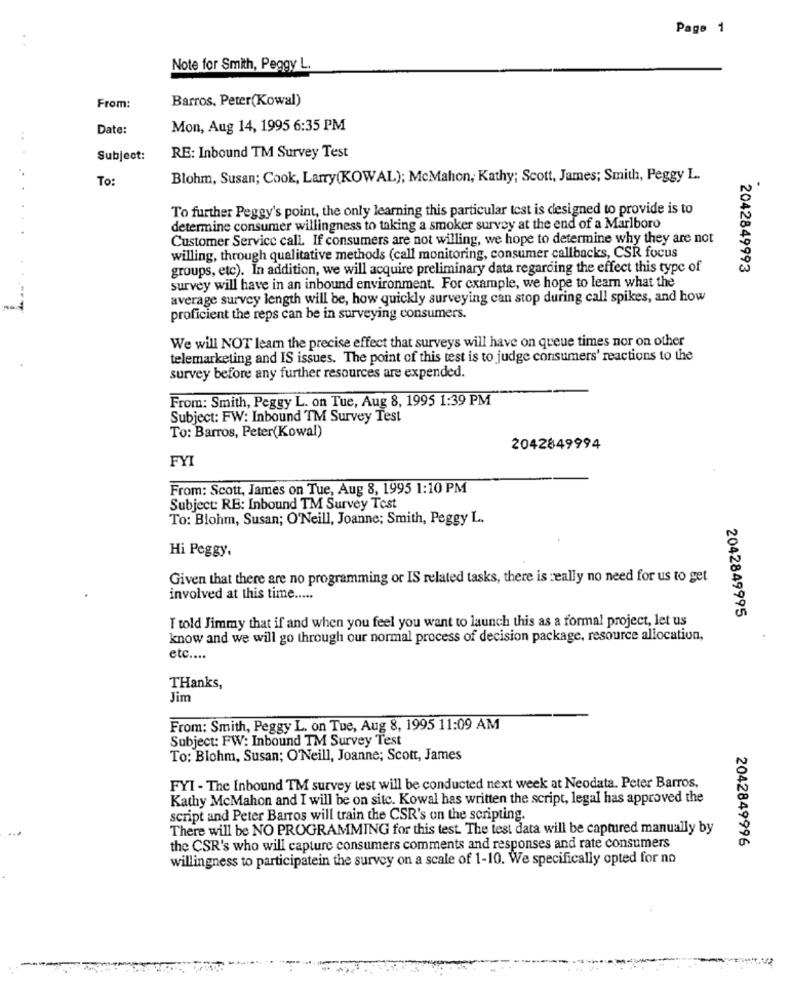
Page 1
Note for Smith, Peggy L.
Barros, Peter(Kowal)
From:
Date:
Mon, Aug 14, 1995 6:35 PM
Subject:
RE: Inbound TM Survey Test
To:
Blohm, Susan; Cook, Larry(KOWAL); McMahon, Kathy; Scott, James; Smith, Peggy L.
To further Peggy's point, the only learning this particular test is designed to provide is to
determine consumer willingness to taking a smoker survey at the end of a Marlboro
.
Customer Service call. If consumers are not willing, we hope to determine why they are not
willing, through qualitative methods (call monitoring, consumer callbacks, CSR focus
groups, etc). In addition, we will acquire preliminary data regarding the effect this type of
2042849993
survey will have in an inbound environment. For example, we hope to learn what the
average survey length will be, how quickly surveying can stop during call spikes, and how
proficient the reps can be in surveying consumers.
We will NOT learn the precise effect that surveys will have on queue times nor on other
telemarketing and IS issues. The point of this test is to judge consumers' reactions to the
survey before any further resources are expended.
From: Smith, Peggy L. on Tue, Aug 8, 1995 1:39 PM
Subject: FW: Inbound TM Survey Test
To: Barros, Peter(Kowal)
2042849994
FYI
From: Scott, James on Tue, Aug 8, 1995 1:10 PM
Subject: RE: Inbound TM Survey Test
To: Blohm, Susan; O'Neill, Joanne; Smith, Peggy L.
Hi Peggy.
Given that there are no programming or IS related tasks, there is really no need for us to get
involved at this time .....
T told Jimmy that if and when you feel you want to launch this as a formal project, let us
2042849995
know and we will go through our normal process of decision package, resource allocation,
etc ....
THanks,
Jim
From: Smith, Peggy L. on Tue, Aug 8, 1995 11:09 AM
Subject: FW: Inbound TM Survey Test
To: Blohm, Susan; O'Neill, Joanne; Scott, James
FYI - The Inbound TM survey test will be conducted next week at Neodata. Peter Barros,
Kathy McMahon and I will be on site. Kowal has written the script, legal has approved the
script and Peter Barros will train the CSR's on the scripting.
There will be NO PROGRAMMING for this test. The test data will be captured manually by
2042849996
the CSR's who will capture consumers comments and responses and rate consumers
willingness to participatein the survey on a scale of 1-10. We specifically opted for no